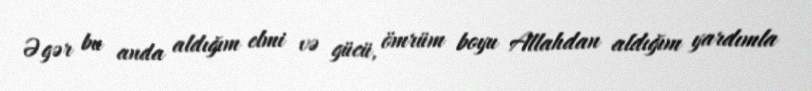
Əgər bu anda aldığım elmi və gücü, ömrüm boyu Allahdan aldığım yardımla